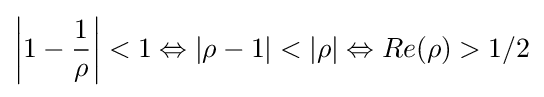
\left|1-{\frac {1}{\rho }}\right|<1\Leftrightarrow |\rho -1|<|\rho |\Leftrightarrow Re(\rho )>1/2